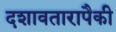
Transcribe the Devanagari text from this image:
दशावतारापैकी